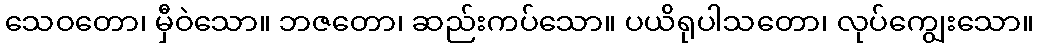
သေဝတော၊ မှီဝဲသော။ ဘဇတော၊ ဆည်းကပ်သော။ ပယိရုပါသတော၊ လုပ်ကျွေးသော။